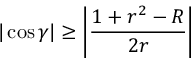
| \cos \gamma | \geq \left| { \frac { 1 + r ^ { 2 } - R } { 2 r } } \right|